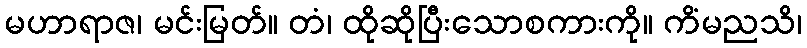
မဟာရာဇ၊ မင်းမြတ်။ တံ၊ ထိုဆိုပြီးသောစကားကို။ ကိံမညသိ၊